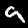
Digit: 9